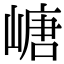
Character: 嵣